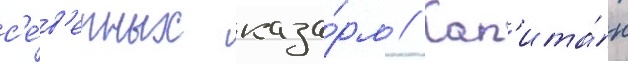
с'е́в'ерных каза́рм // Кап'ита́н